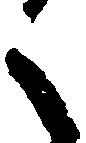
之